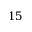
1 5